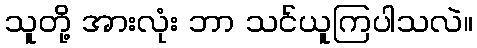
သူတို့ အားလုံး ဘာ သင်ယူကြပါသလဲ။